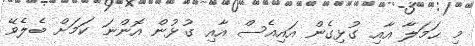
މި ޙަމަލާ އާއި ގުޅިގެން އައިއެސް އާއި ގުޅުން އޮންނަ ކަމަށް ބެލެވޭ